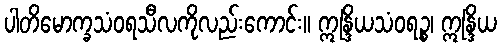
ပါတိမောက္ခသံဝရသီလကိုလည်းကောင်း။ ဣန္ဒြိယသံဝရဉ္စ၊ ဣန္ဒြိယ